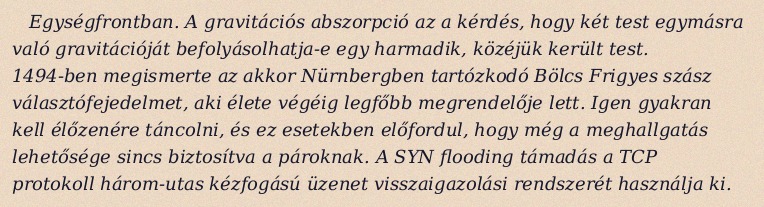
Egységfrontban. A gravitációs abszorpció az a kérdés, hogy két test egymásra való gravitációját befolyásolhatja-e egy harmadik, közéjük került test. 1494-ben megismerte az akkor Nürnbergben tartózkodó Bölcs Frigyes szász választófejedelmet, aki élete végéig legfőbb megrendelője lett. Igen gyakran kell élőzenére táncolni, és ez esetekben előfordul, hogy még a meghallgatás lehetősége sincs biztosítva a pároknak. A SYN flooding támadás a TCP protokoll három-utas kézfogású üzenet visszaigazolási rendszerét használja ki.